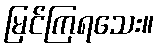
မြင်ကြရသေး။